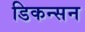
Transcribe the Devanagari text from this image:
डिकन्सन